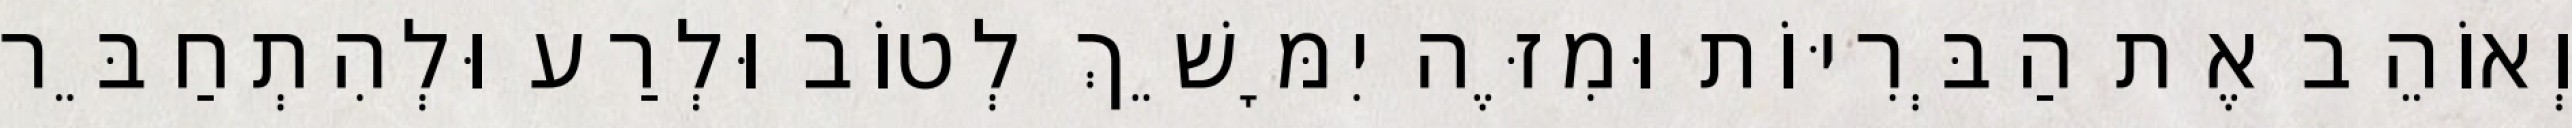
וְאוֹהֵב אֶת הַבְּרִיּוֹת וּמִזֶּה יִמָּשֵׁךְ לְטוֹב וּלְרַע וּלְהִתְחַבֵּר